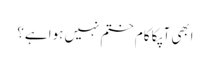
ابھی آپکا کام ختم نہیں ہوا ہے؟